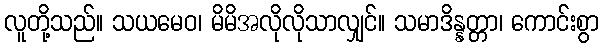
လူတို့သည်။ သယမေဝ၊ မိမိအလိုလိုသာလျှင်။ သမာဒိန္နတ္တာ၊ ကောင်းစွာ